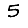
Digit: 5